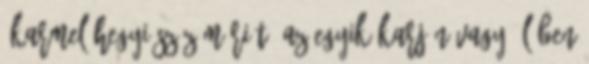
„Karmel hegyi Szűz Máriát" az egyik karján vagy ölében